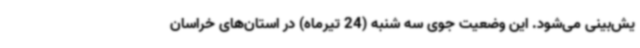
یش‌بینی می‌شود. این وضعیت جوی سه شنبه (24 تیرماه) در استان‌های خراسان